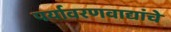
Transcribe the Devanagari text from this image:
पर्यावरणवाद्यांचे